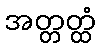
အတ္တတ္ထံ